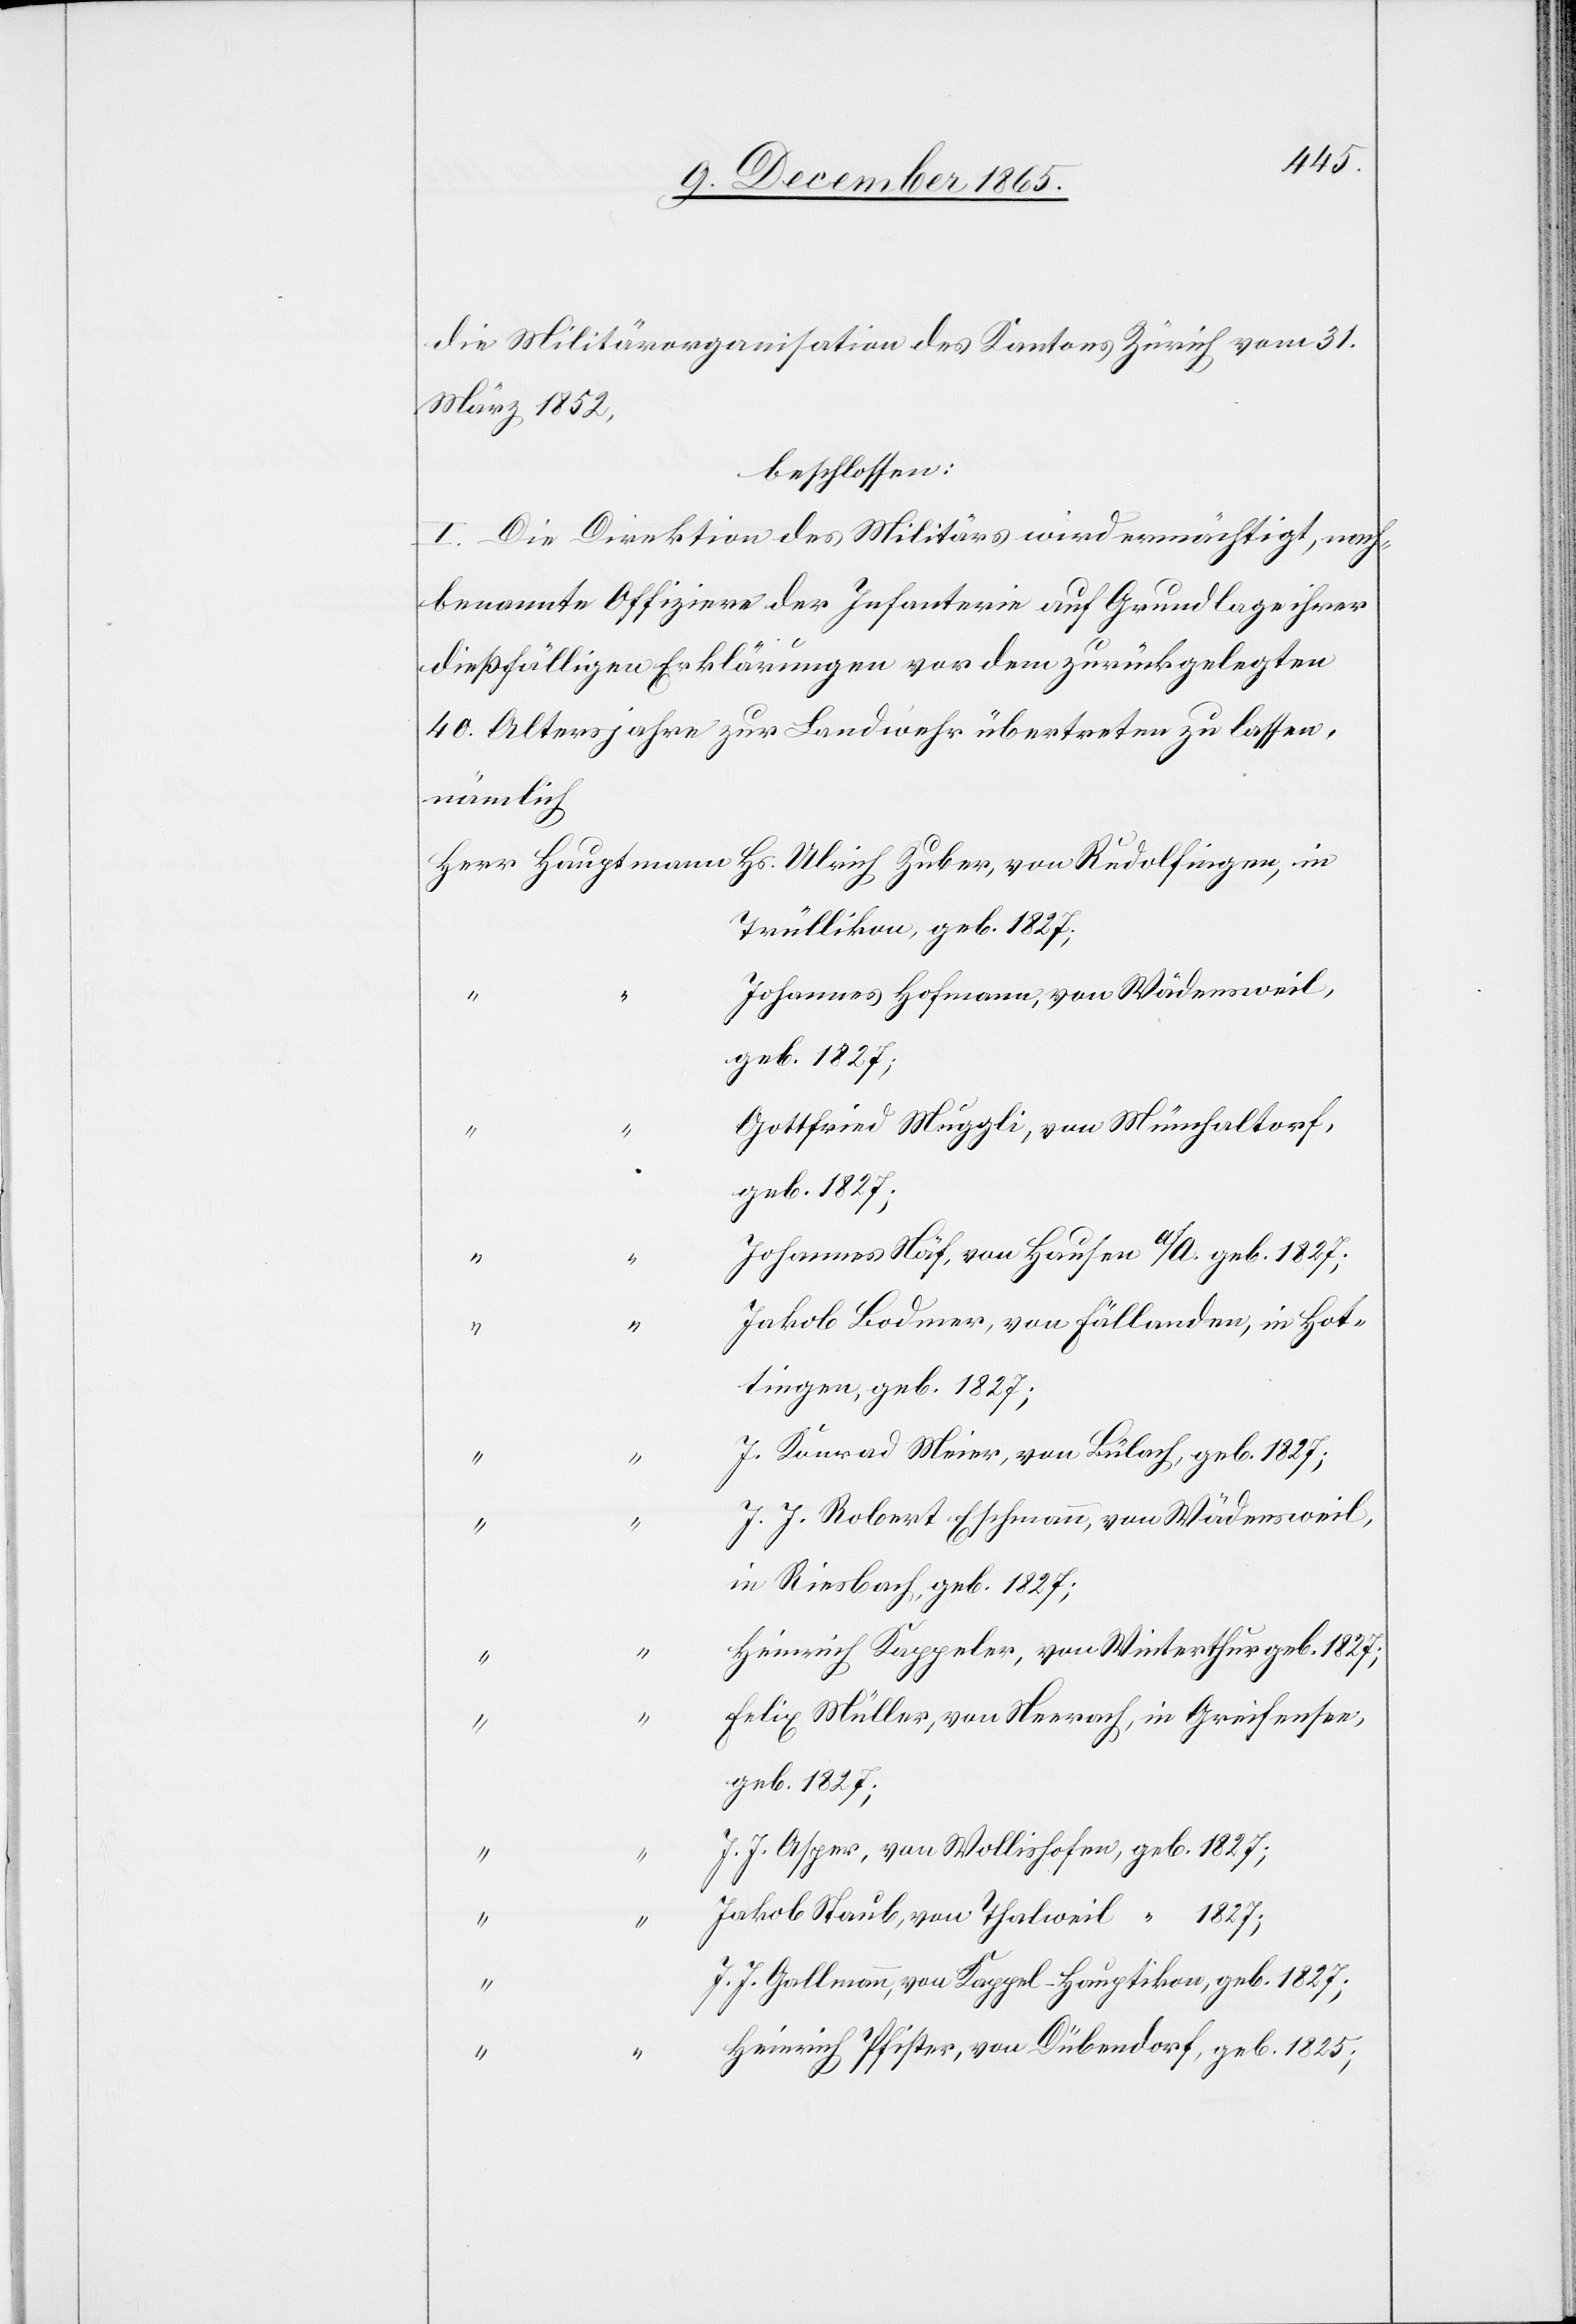
die Militärorganisation des Kantons Zürich vom 31.
März 1852,
beschlossen:
I. Die Direktion des Militärs wird ermächtigt, nach¬
benannte Offiziere der Infanterie auf Grundlage ihrer
dießfälligen Erklärungen vor dem zurückgelegten
40. Altersjahre zur Landwehr übertreten zu lassen,
nämlich
Trüllikon, geb. 1827;
Johannes Hofmann, von Wädensweil,
geb. 1827;
Gottfried Muggli, von Mönchaltorf,
geb. 1827;
Johannes Näf, von Hausen a/A. geb. 1827;
“
Jakob Bodmer, von Fällanden, in Hot¬
tingen, geb. 1827;
J. Konrad Meier, von Bülach, geb. 1827;
J. J. Robert Eschmann, von Wädensweil,
in Riesbach, geb. 1827;
Heinrich Kappeler, von Winterthur geb. 1827;
“
Felix Müller, von Neerach, in Greifensee,
geb. 1827;
J. J. Asper, von Wollishofen, geb. 1827;
Jakob Staub, von Thalweil, “ 1827;
J. J. Gallmann, von Kappel - Hauptikon, geb. 1827;
Heinrich Pfister, von Dübendorf, geb. 1825;